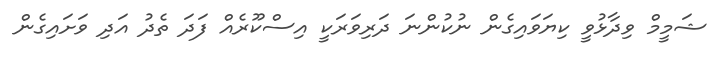
ޝަމީމް ވިދާޅުވީ ކިޔަވައިގެން ނުކުންނަ ދަރިވަރަކީ އިސްކޫރެއް ފަދަ ތެދު އަދި ވަށައިގެން